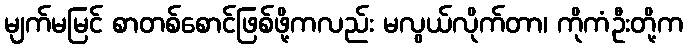
မျက်မမြင် စာတစ်စောင်ဖြစ်ဖို့ကလည်း မလွယ်လိုက်တာ၊ ကိုကံဦးတို့က